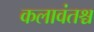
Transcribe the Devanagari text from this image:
कलावंतश्च